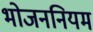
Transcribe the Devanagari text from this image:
भोजननियम